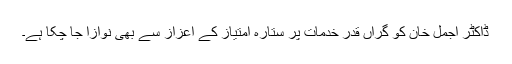
ڈاکٹر اجمل خان کو گراں قدر خدمات پر ستارہ امتیاز کے اعزاز سے بھی نوازا جا چکا ہے۔